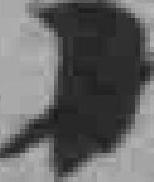
十